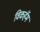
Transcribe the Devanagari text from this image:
विकहॅम